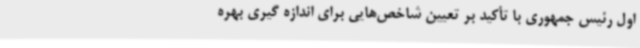
اول رئیس جمهوری با تأکید بر تعیین شاخص‌هایی برای اندازه گیری بهره